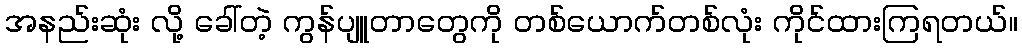
အနည်းဆုံး လို့ ခေါ်တဲ့ ကွန်ပျူတာတွေကို တစ်ယောက်တစ်လုံး ကိုင်ထားကြရတယ်။